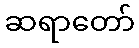
ဆရာတော်